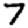
Digit: 7